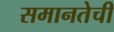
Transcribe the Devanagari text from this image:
समानतेची